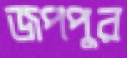
জপপুর